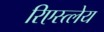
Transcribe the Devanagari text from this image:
रिएस्त्लेय